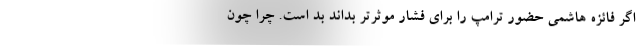
اگر فائزه هاشمی حضور ترامپ را برای فشار موثرتر بداند بد است. چرا چون